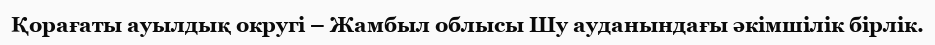
Қорағаты ауылдық округі – Жамбыл облысы Шу ауданындағы әкімшілік бірлік.